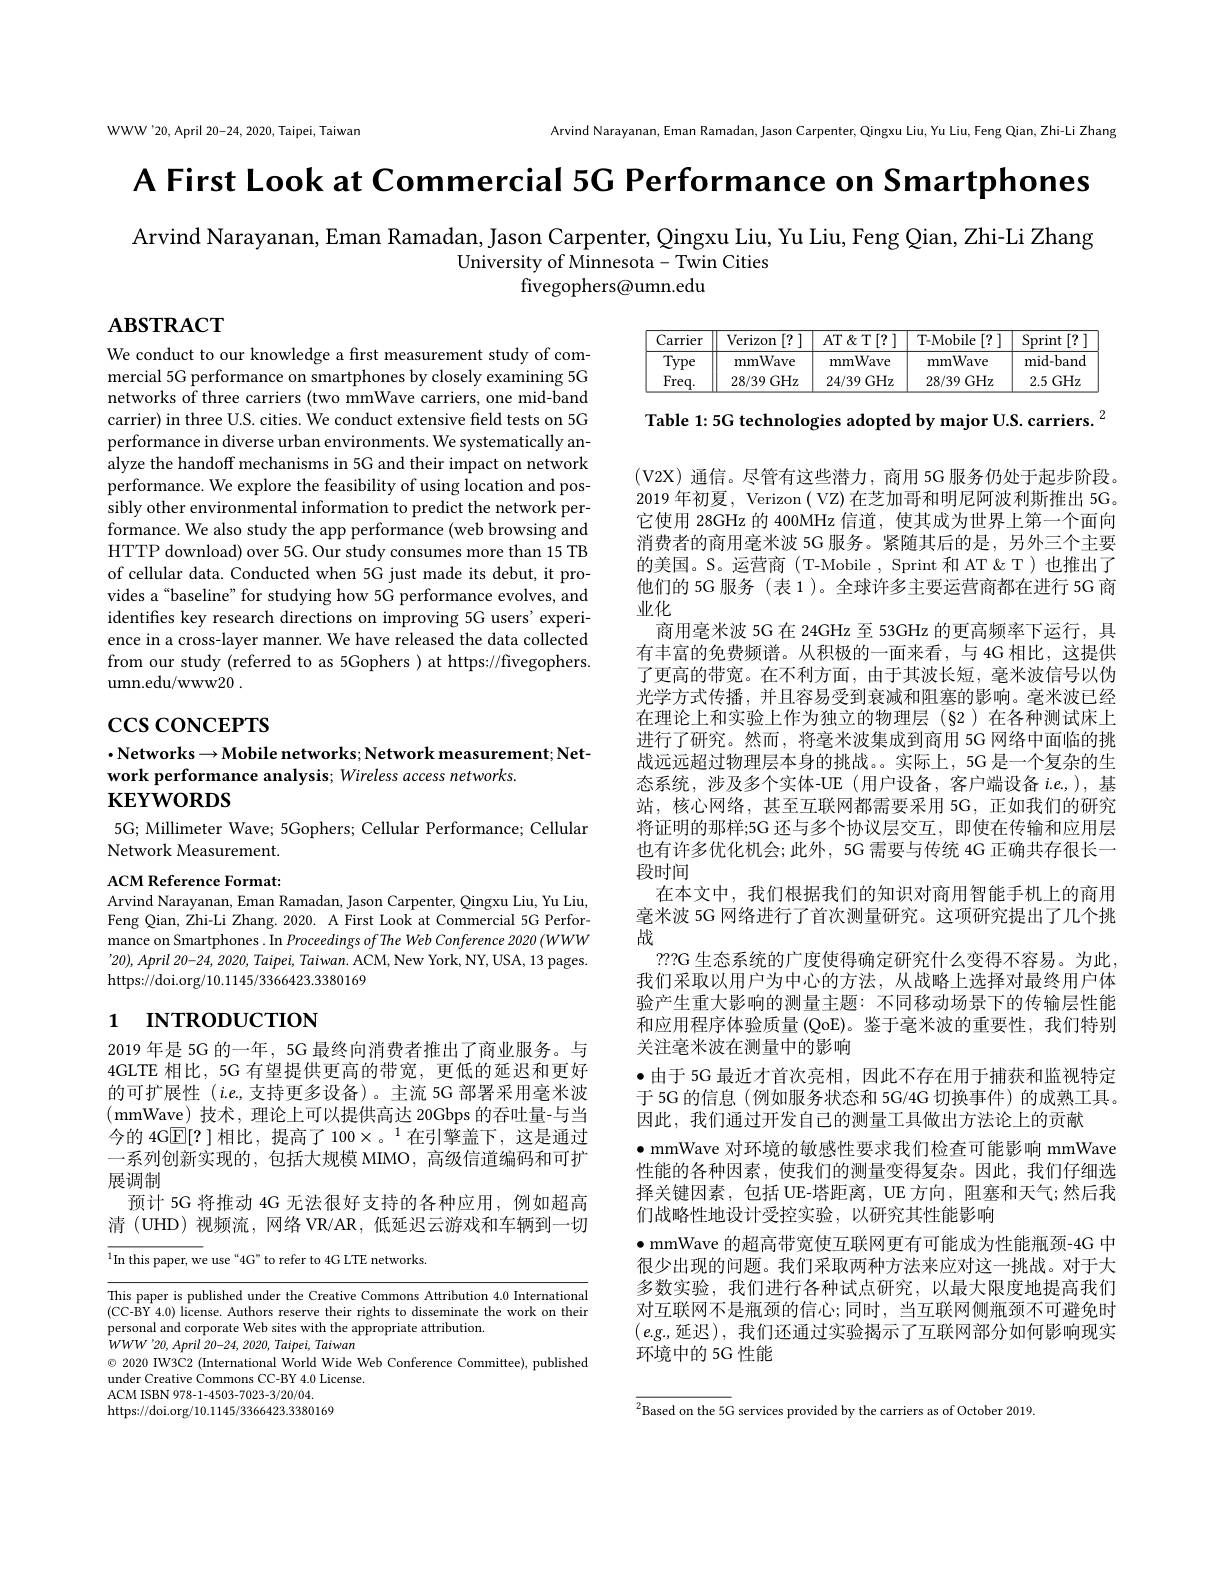
WWW'20, April 20-24, 2020, Taipei, Taiwan

Arvind Narayanan, Eman Ramadan, Jason Carpenter, Qingxu Liu, Yu Liu, Feng Qian, Zhi-Li Zhang

A First Look at Commercial 5C Performance on Smartphones

Arvind Narayanan, Eman Ramadan, Jason Carpenter, Qingxu Liu, Yu Liu, Feng Qian, Zhi-Li Zhang
University of Minnesota- Twin Cities
fivegophers@umn.edu

$\mathbf{ABSTRACT}$

<table>
	<tbody>
		<tr>
			<th>Carrier</th>
			<th>Verizon [?]</th>
			<th>AT $\&$T[?]</th>
			<th>T-Mobile [?]</th>
			<th>Sprint [?</th>
		</tr>
		<tr>
			<td>T $\dot{\mathrm{ype}}$</td>
			<td>mmWave</td>
			<td>mmWave</td>
			<td>mmWave</td>
			<td>mid- band</td>
		</tr>
		<tr>
			<td>$Freq.$</td>
			<td>28/39GHz</td>
			<td>24/39GHz</td>
			<td>28/39GHz</td>
			<td>2.5GHz</td>
		</tr>
	</tbody>
</table>

Table 1: 5G technologies adopted by major U.S. carriers. $^{2}$

We conduct to our knowledge a first measurement study of commercial 5G performance on smartphones by closely examining 5G networks of three carriers (two mmWave carriers, one mid-band carrier) in three U.S. cities. We conduct extensive field tests on 5G performance in diverse urban environments. We systematically analyze the handoff mechanisms in 5G and their impact on network performance. We explore the feasibility of using location and possibly other environmental information to predict the network performance. We also study the app performance (web browsing and HTTP download) over 5G. Our study consumes more than 15 TB of cellular data. Conducted when 5G just made its debut, it provides a“baseline”for studying how 5G performance evolves, and identifies key research directions on improving 5G users' experience in a cross-layer manner. We have released the data collected from our study (referred to as 5Gophers ) at https://fivegophers. umn.edu/www20 .

$\csc\cos$coNCEPTS

$\cdot$Networks$\to$Mobile networks; Network measurement; Net-
work performance analysis; Wireless access networks.
## $\mathbf{KEYWORDS}$

5G; Millimeter Wave; 5Gophers; Cellular Performance; Cellular
Network Measurement.

(V2X)通信。尽管有这些潜力，商用 5G 服务仍处于起步阶段。2019 年初夏，Verizon ( VZ) 在芝加哥和明尼阿波利斯推出 5G。它使用 28GHz 的 400MHz 信道，使其成为世界上第一个面向消费者的商用毫米波 5G 服务。紧随其后的是，另外三个主要的美国。S。运营商(T-Mobile, Sprint 和 AT & T) 也推出了他们的 5G 服务 (表 1)。全球许多主要运营商都在进行 5G 商业化
商用毫米波 5G 在 24GHz 至 53GHz 的更高频率下运行，具有丰富的免费频谱。从积极的一面来看，与 4G 相比，这提供了更高的带宽。在不利方面，由于其波长短，毫米波信号以伪光学方式传播，并且容易受到衰减和阻塞的影响。毫米波已经在理论上和实验上作为独立的物理层(§2)在各种测试床上进行了研究。然而，将毫米波集成到商用 5G 网络中面临的挑战远远超过物理层本身的挑战。实际上，5G 是一个复杂的生态系统，涉及多个实体-UE (用户设备，客户端设备$i.e.$),基站，核心网络，甚至互联网都需要采用 5G,正如我们的研究将证明的那样；5G 还与多个协议层交互，即使在传输和应用层也有许多优化机会；此外，5G 需要与传统 4G 正确共存很长一段时间
在本文中，我们根据我们的知识对商用智能手机上的商用毫米波 5G 网络进行了首次测量研究。这项研究提出了几个挑战
??G 生态系统的广度使得确定研究什么变得不容易。为此， 我们采取以用户为中心的方法，从战略上选择对最终用户体验产生重大影响的测量主题：不同移动场景下的传输层性能和应用程序体验质量 (QoE)。鉴于毫米波的重要性，我们特别关注毫米波在测量中的影响
·由于 5G 最近才首次亮相，因此不存在用于捕获和监视特定于 5G 的信息 (例如服务状态和 5G/4G 切换事件) 的成熟工具。因此，我们通过开发自己的测量工具做出方法论上的贡献
$\bullet$ mmWave 对环境的敏感性要求我们检查可能影响 mmWave 性能的各种因素，使我们的测量变得复杂。因此，我们仔细选择关键因素，包括 UE-塔距离，UE 方向，阻塞和天气；然后我们战略性地设计受控实验，以研究其性能影响
$\bullet$ mmWave 的超高带宽使互联网更有可能成为性能瓶颈-4G 中很少出现的问题。我们采取两种方法来应对这一挑战。对于大多数实验，我们进行各种试点研究，以最大限度地提高我们对互联网不是瓶颈的信心；同时，当互联网侧瓶颈不可避免时$(e.g.$延迟),我们还通过实验揭示了互联网部分如何影响现实环境中的 5G 性能

ACM Reference Format:
Arvind Narayanan, Eman Ramadan, Jason Carpenter, Qingxu Liu, Yu Liu, Feng Qian, Zhi-Li Zhang. 2020. A First Look at Commercial 5G Performance on Smartphones . In Proceedings of The Web Conference 2020 (WWW '20), April 20-24, 2020, Taipei, Taiwan. ACM, New York, NY, USA, 13 pages. https://doi.org/10.1145/3366423.3380169

# 1 INTRODUCTION

2019 年是 5G 的一年，5G 最终向消费者推出了商业服务。与4GLTE 相比，5G 有望提供更高的带宽，更低的延迟和更好的可扩展性$(i.e$,支持更多设备)。主流 5G 部署采用毫米波(mmWave)技术，理论上可以提供高达 20Gbps 的吞吐量-与当今的 4G$\mathbb{E}[?]$ 相比，提高了 100×。$^1$在引擎盖下，这是通过一系列创新实现的，包括大规模 MIMO, 高级信道编码和可扩展调制
预计 5G 将推动 4G 无法很好支持的各种应用，例如超高清 (UHD) 视频流，网络 VR/AR,低延迟云游戏和车辆到一切

$^1$In this paper, we use“4G” to refer to 4G LTE networks.

This paper is published under the Creative Commons Attribution 4.0 International (CC-BY 4.0) license. Authors reserve their rights to disseminate the work on their personal and corporate Web sites with the appropriate attribution.
$\dot{W} WW^{\prime }20, April$ 20-24, 2020, $Taipei$, Taiwan
$\odot$ 2020 IW3C2 (International World Wide Web Conference Committee), published
under Creative Commons CC-BY 4.0 License.
ACM ISBN 978-1-4503-7023-3/20/04.
https://doi.org/10.1145/3366423.3380169

${\overline{{^2}\text{Based on the 5G}}}$ services provided by the carriers as of October 2019.